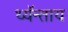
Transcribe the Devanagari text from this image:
थ्यॅन्ताय